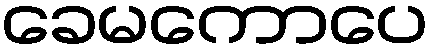
ခေမကောပေ